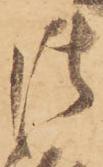
御